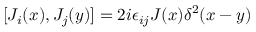
[ J _ { i } ( x ) , J _ { j } ( y ) ] = 2 i \epsilon _ { i j } J ( x ) \delta ^ { 2 } ( x - y )